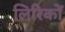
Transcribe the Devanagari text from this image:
लिरिकों